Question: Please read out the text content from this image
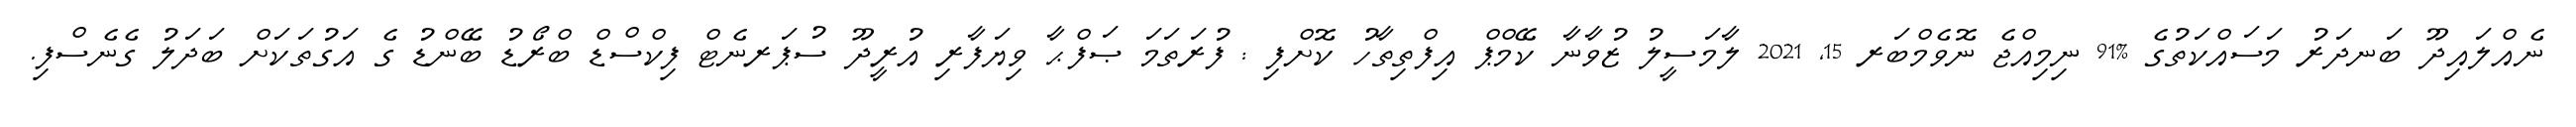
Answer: ނެއްލައިދޫ ބަނދަރު މަސައްކަތުގެ %91 ނިމިއްޖެ ނޮވެމްބަރ 15, 2021 ލާމަސީލު ޒުވާނާ ކޭމްޕް އިފްތިތާހު ކޮށްފި : ފުރަތަމަ ޞަފްޙާ ވިޔަފާރި އުރީދޫ ސުޕަރނެޓް ފިކްސްޑް ބްރޯޑު ބޭންޑު ގެ އަގުތަކަށް ބަދަލު ގެނެސްފި.